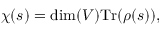
\chi ( s ) = \dim ( V ) { \mathrm { T r } } ( \rho ( s ) ) ,